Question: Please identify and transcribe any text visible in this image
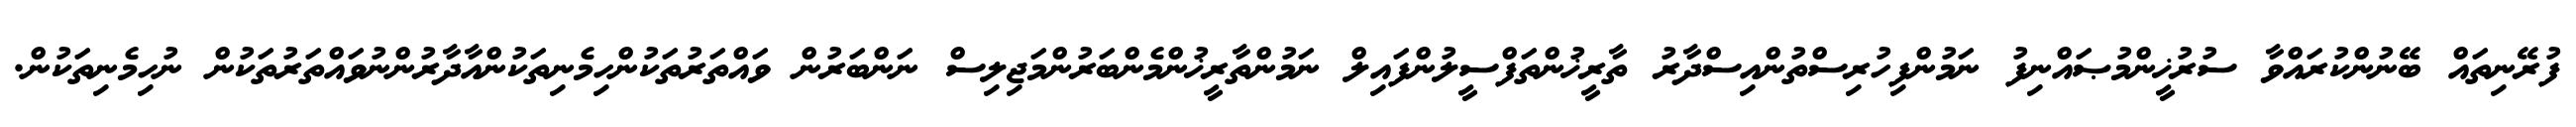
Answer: ފުރޭނިތައް ބޭނުންކުރައްވާ ސުރުޚީންމުޞައްނިފު ނަމުންފިހުރިސްތުންއިސްދާރު ތާރީޚުންތަފްސީލުންފައިލް ނަމުންތާރީޚުންމެންބަރުންމަޖިލިސް ނަންބަރުން ވައްތަރުތަކުންހިމެނިތަކުންއާދާރުންނުވައްތަރުތަކުން ނުހިމެނިތަކުން.